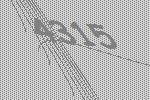
4315